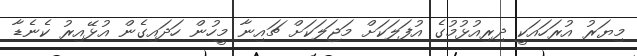
މިޔަރު އުރަހައަކީ ދިރިއުޅުމުގެ އުފަލަކަށް މަޖަލަކަށް ޗައިނާ މީހުން ހަދައިގެން އުޅޭއިރު ކެނެޑާ